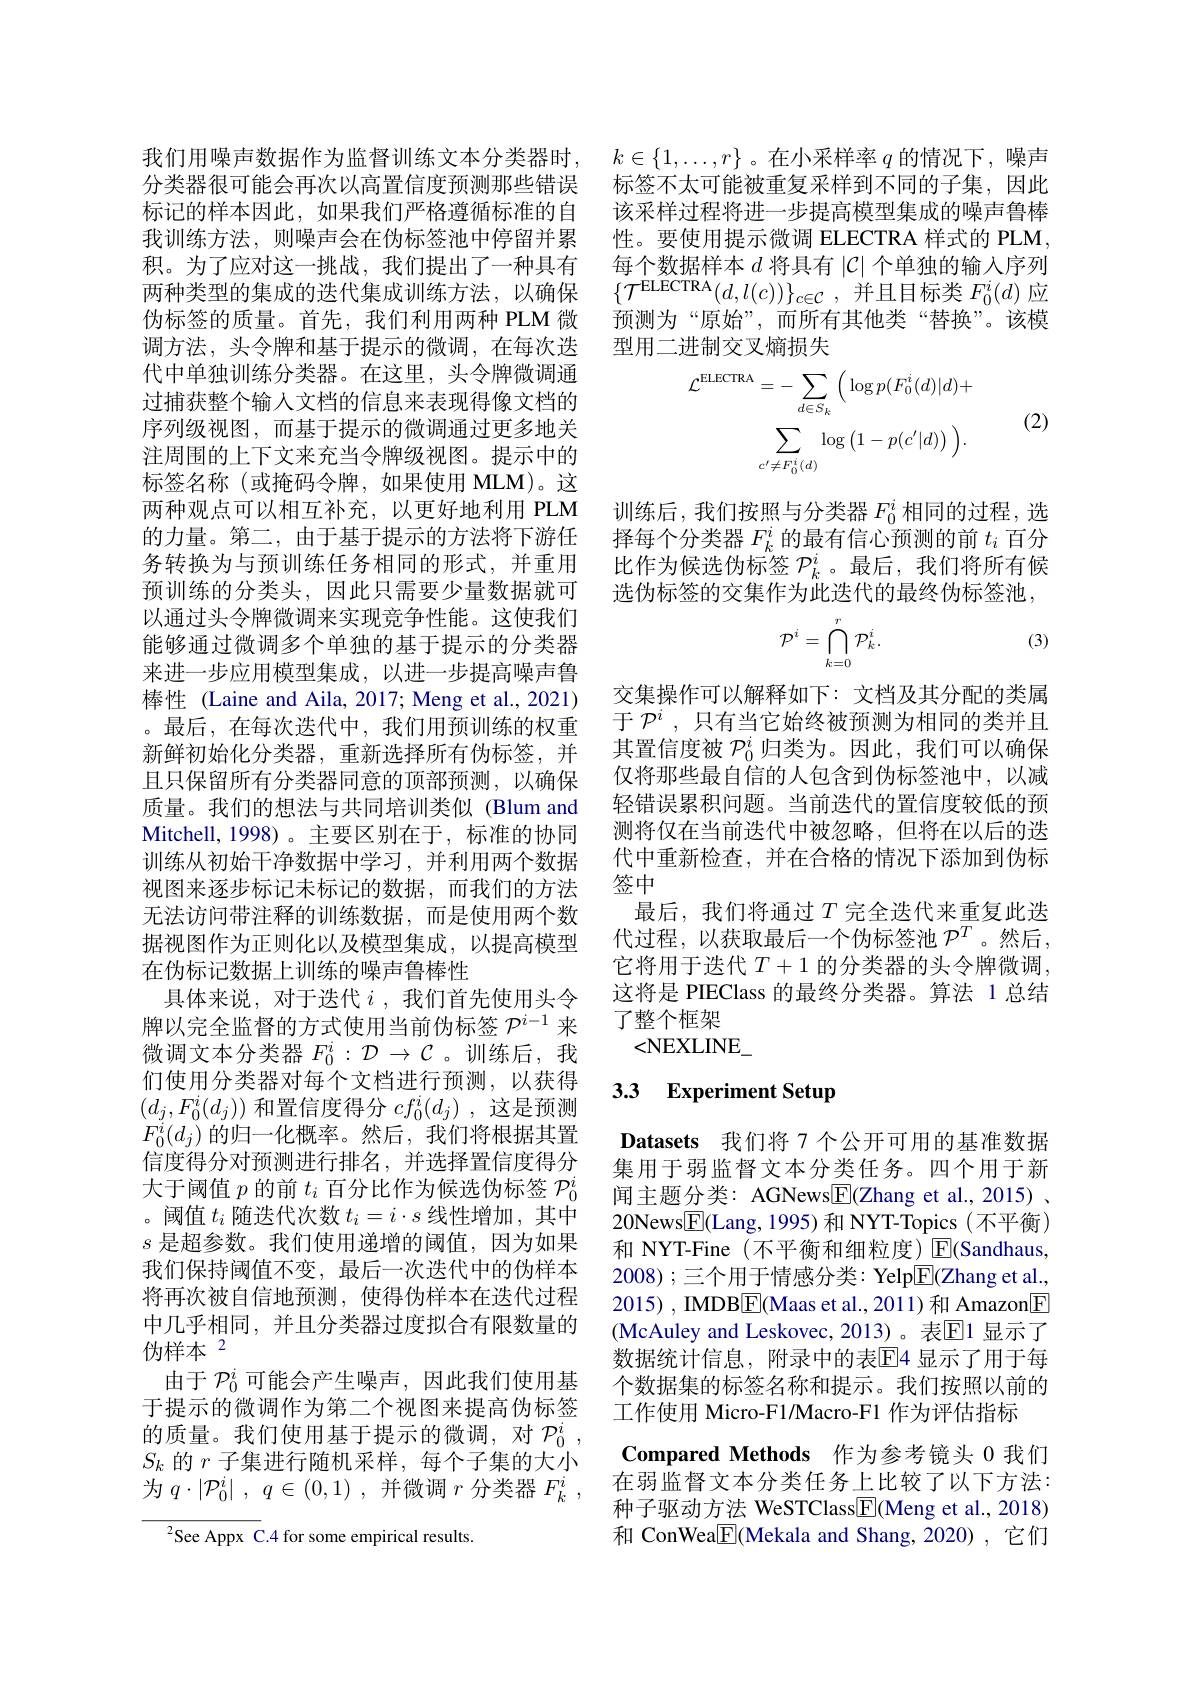
分类器很可能会再次以高置信度预测那些错误标记的样本因此，如果我们严格遵循标准的自我训练方法，则噪声会在伪标签池中停留并累积。为了应对这一挑战，我们提出了一种具有两种类型的集成的迭代集成训练方法，以确保伪标签的质量。首先，我们利用两种 PLM 微调方法，头令牌和基于提示的微调，在每次迭代中单独训练分类器。在这里，头令牌微调通过捕获整个输入文档的信息来表现得像文档的序列级视图，而基于提示的微调通过更多地关注周围的上下文来充当令牌级视图。提示中的标签名称 (或掩码令牌，如果使用 MLM)。这两种观点可以相互补充，以更好地利用 PLM 的力量。第二，由于基于提示的方法将下游任务转换为与预训练任务相同的形式，并重用预训练的分类头，因此只需要少量数据就可以通过头令牌微调来实现竞争性能。这使我们能够通过微调多个单独的基于提示的分类器来进一步应用模型集成，以进一步提高噪声鲁棒性 (Laine and Aila, 2017; Meng et al., 2021) 。最后，在每次迭代中，我们用预训练的权重新鲜初始化分类器，重新选择所有伪标签，并且只保留所有分类器同意的顶部预测，以确保质量。我们的想法与共同培训类似 (Blum and Mitchell,1998)。主要区别在于，标准的协同训练从初始干净数据中学习，并利用两个数据视图来逐步标记未标记的数据，而我们的方法无法访问带注释的训练数据，而是使用两个数据视图作为正则化以及模型集成，以提高模型在伪标记数据上训练的噪声鲁棒性
具体来说，对于迭代$i$ ,我们首先使用头令牌以完全监督的方式使用当前伪标签$\mathcal{P}^{i-1}$来微调文本分类器$F_0^i:\mathcal{D}\to\mathcal{C}$ 。训练后，我们使用分类器对每个文档进行预测，以获得$(d_j,F_0^i(d_j))$和置信度得分$cf_0^i(d_j)$ ,这是预测$F_0^i(d_j)$的归一化概率。然后，我们将根据其置信度得分对预测进行排名，并选择置信度得分大于阈值$p$的前$t_i$百分比作为候选伪标签$\mathcal{P}_0^i$ 。阈值$t_i$随迭代次数$t_i=i\cdot s$线性增加，其中$s$是超参数。我们使用递增的阈值，因为如果我们保持阈值不变，最后一次迭代中的伪样本将再次被自信地预测，使得伪样本在迭代过程中几乎相同，并且分类器过度拟合有限数量的伪样本 2
由于$\mathcal{P}_0^i$可能会产生噪声，因此我们使用基于提示的微调作为第二个视图来提高伪标签的质量。我们使用基于提示的微调，对$\mathcal{P}_0^i$, $S_k$的$r$子集进行随机采样，每个子集的大小为$q\cdot \left | \mathcal{P} _{0}^{i}\right | $, $q\in ( 0, 1)$ ,并微调$r$分类器$F_k^{i}$ ,
${{^{2}}}$See Appx C.4 for some empirical results.

我们用噪声数据作为监督训练文本分类器时，$k\in\{1,\ldots,r\}$ 。在小采样率$q$的情况下，噪声
标签不太可能被重复采样到不同的子集，因此该采样过程将进一步提高模型集成的噪声鲁棒性。要使用提示微调 ELECTRA 样式的 PLM, 每个数据样本$d$将具有$|\mathcal{C}|$个单独的输入序列$\{\mathcal{T}^{\mathrm{ELECTRA}}(d,l(c))\}_{c\in\mathcal{C}}$,并且目标类 $F_0^i(d)$ 应预测为“原始”,而所有其他类“替换”。该模型用二进制交叉熵损失
$$\begin{aligned}\mathcal{L}^{\mathrm{ELECTRA}}&=-\sum_{d\in S_{k}}\:\Big(\log p(F_{0}^{i}(d)|d)+\\&\sum_{c^{\prime}\neq F_{0}^{i}(d)}\log\big(1-p(c^{\prime}|d)\big)\:\Big).\end{aligned}$$
(2)

训练后，我们按照与分类器$F_{0}^{i}$相同的过程，选择每个分类器$F_k^i$的最有信心预测的前$t_i$百分比作为候选伪标签$\mathcal{P}_k^i$。最后，我们将所有候选伪标签的交集作为此迭代的最终伪标签池，

(3)
$$\mathcal{P}^i=\bigcap_{k=0}^r\mathcal{P}_k^i.$$
交集操作可以解释如下：文档及其分配的类属于$\mathcal{P}^i$,只有当它始终被预测为相同的类并且其置信度被$\mathcal{P}_0^i$归类为。因此，我们可以确保仅将那些最自信的人包含到伪标签池中，以减轻错误累积问题。当前迭代的置信度较低的预测将仅在当前迭代中被忽略，但将在以后的迭代中重新检查，并在合格的情况下添加到伪标签中
最后，我们将通过$T$完全迭代来重复此迭代过程，以获取最后一个伪标签池$\mathcal{P}^T$。然后， 它将用于迭代$T+1$的分类器的头令牌微调， 这将是 PIEClass 的最终分类器。算法 1 总结了整个框架
<NEXLINE\_

# 3.3 Experiment Setup

Datasets 我们将 7 个公开可用的基准数据集用于弱监督文本分类任务。四个用于新闻主题分类：AGNews$\underline{\mathrm{F}}($Zhang et al., 2015) . 20News$\boxed{\mathrm{F}}($Lang,1995)和 NYT-Topics(不平衡) 和 NYT-Fine (不平衡和细粒度)E(Sandhaus, 2008); 三个用于情感分类：Yelp$\overline{\mathrm{E}}($Zhang et al., 2015) , IMDBE(Maas et al., 2011)和 Amazon$\underline{\mathrm{F}}$ (McAuley and Leskovec,2013)。表$\overline{\mathbb{E}}$1 显示了数据统计信息，附录中的表$\overline{\mathrm{E}}$4 显示了用于每个数据集的标签名称和提示。我们按照以前的工作使用 Micro-F1/Macro-F1 作为评估指标
Compared Methods 作为参考镜头 0 我们在弱监督文本分类任务上比较了以下方法： 种子驱动方法 WeSTClass$\boxed{\mathrm{F}}($Meng et al., 2018)

和 ConWea$\boxed{\mathrm{F}}$(Mekala and Shang,2020),它们